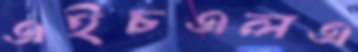
এইচএলএ